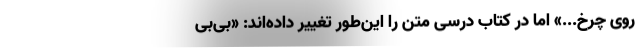
روی چرخ...» اما در کتاب درسی متن را این‌طور تغییر داده‌اند: «بی‌بی